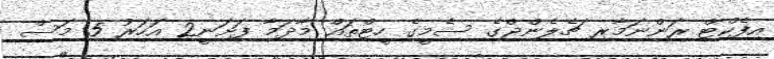
އިފެކްޓް ރަންނަމާރި ޗެލެންޖްގެ ސެމީގެ ހީޓްތައް މާދަމާ ފަށަނީ2 އަހަރު 5 މަސް